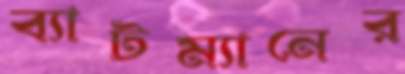
ব্যাটম্যানের